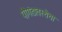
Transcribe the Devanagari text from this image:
पौगंडावस्थेचा